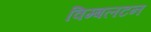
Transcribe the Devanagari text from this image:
विम्‍बलटन